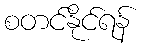
စတင်နိုင်ရန်